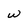
Character: w